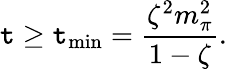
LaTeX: \mathtt{t}\geq\mathtt{t}_{\mathrm{{min}}}=\frac{{\zeta^{2}m_{\pi}^{2}}}{{1-\zeta}}.